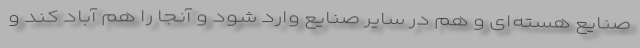
صنایع هسته‌ای و هم در سایر صنایع وارد شود و آنجا را هم آباد کند و